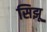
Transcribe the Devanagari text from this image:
सिझू